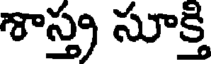
శాస్త్ర సూక్తి